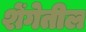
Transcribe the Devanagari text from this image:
शेंगेतील